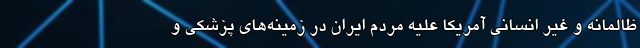
ظالمانه و غیر انسانی آمریکا علیه مردم ایران در زمینه‌های پزشکی و